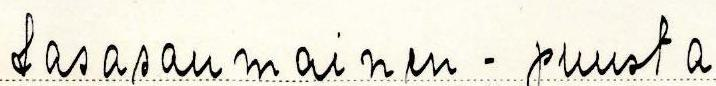
tasasaumainen - puusta